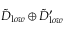
{ \tilde { D } } _ { { \textrm l o w } } \oplus { \tilde { D } } _ { { \textrm l o w } } ^ { \prime }